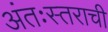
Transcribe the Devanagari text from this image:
अंतःस्तराची